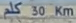
30 Km